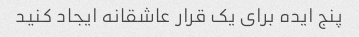
پنج ایده برای یک قرار عاشقانه ایجاد کنید